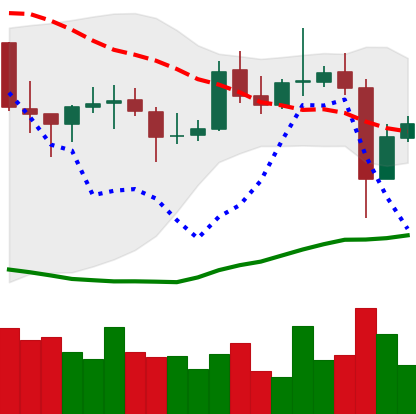
Ticker: EOS-USD
Chart end date: 2021-10-29
Forward return: 4.744%
Label: up_3_5